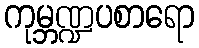
ကုမ္ဘဏ္ဍပစာရော